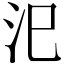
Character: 汜